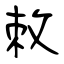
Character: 敇